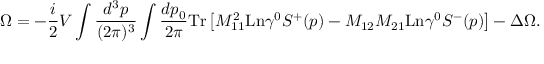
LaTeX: \Omega = - \frac i 2 V \int \frac { d ^ { 3 } p } { ( 2 \pi ) ^ { 3 } } \int \frac { d p _ { 0 } } { 2 \pi } \mathrm { T r } \left[ M _ { 1 1 } ^ { 2 } \mathrm { L n } \gamma ^ { 0 } S ^ { + } ( p ) - M _ { 1 2 } M _ { 2 1 } \mathrm { L n } \gamma ^ { 0 } S ^ { - } ( p ) \right] - \Delta \Omega .